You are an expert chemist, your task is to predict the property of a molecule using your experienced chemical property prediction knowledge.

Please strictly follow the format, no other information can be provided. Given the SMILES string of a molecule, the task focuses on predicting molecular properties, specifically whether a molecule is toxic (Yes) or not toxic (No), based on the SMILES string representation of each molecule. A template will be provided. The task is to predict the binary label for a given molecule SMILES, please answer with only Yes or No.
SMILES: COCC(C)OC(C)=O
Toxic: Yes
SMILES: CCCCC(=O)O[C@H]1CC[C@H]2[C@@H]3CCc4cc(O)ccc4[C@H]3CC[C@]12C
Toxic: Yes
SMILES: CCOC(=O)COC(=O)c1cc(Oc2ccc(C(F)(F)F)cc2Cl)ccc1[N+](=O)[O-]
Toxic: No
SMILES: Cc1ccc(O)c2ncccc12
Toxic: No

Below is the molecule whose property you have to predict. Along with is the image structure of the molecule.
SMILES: CC(C)[C@@H]1CC[C@@H](C)CC1=O
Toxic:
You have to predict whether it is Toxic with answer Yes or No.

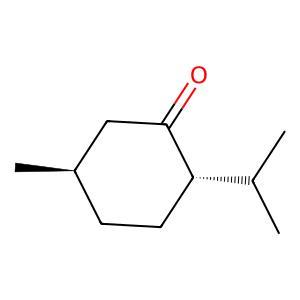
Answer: No